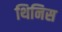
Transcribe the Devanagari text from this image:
थिनिस